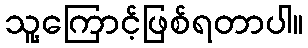
သူ့ကြောင့်ဖြစ်ရတာပါ။